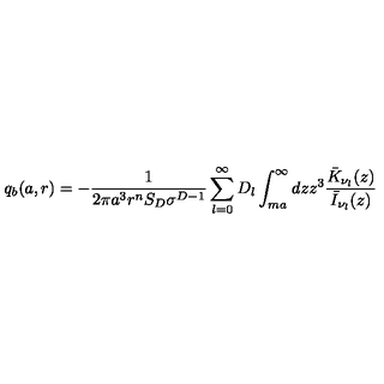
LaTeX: q _ { b } ( a , r ) = - \frac { 1 } { 2 \pi a ^ { 3 } r ^ { n } S _ { D } \sigma ^ { D - 1 } } \sum _ { l = 0 } ^ { \infty } D _ { l } \int _ { m a } ^ { \infty } d z z ^ { 3 } \frac { \bar { K } _ { \nu _ { l } } ( z ) } { \bar { I } _ { \nu _ { l } } ( z ) }